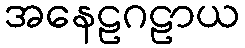
အနေဠဂဠာယ